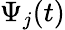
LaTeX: \Psi_{j}(t)